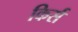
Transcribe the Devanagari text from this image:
किर्स